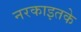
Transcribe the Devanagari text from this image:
नरकाइतके